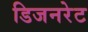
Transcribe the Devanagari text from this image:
डिजनरेट